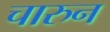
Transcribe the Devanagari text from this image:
चारुन